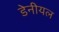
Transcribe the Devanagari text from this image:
डेनीयल